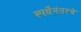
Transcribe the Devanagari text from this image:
स्पर्धेनंतरचे